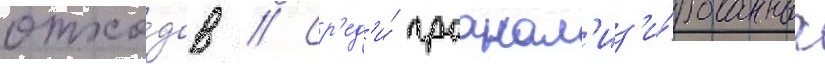
отхо́дов // Ср'ед'и́ проанал'из'и́рованных